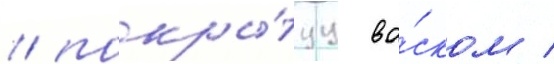
/ покры́туу во́ском /